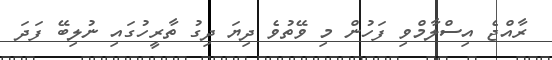
ރާއްޖެ އިސްލާމްވި ފަހުން މި ވޭތުވެ ދިޔަ ދިގު ތާރީހުގައި ނުލިބޭ ފަދަ